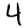
Digit: 4